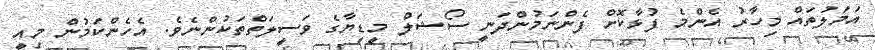
އަމަލުތައް މިހާރު އެންމެ ފުޅާކޮށް ފެންނަމުންދަނީ ސޯޝަލް މީޑިޔާގެ ވަސީލަތްތަކުންނެވެ. އެހެންކަމުން މިއީ